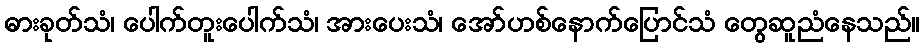
ဓားခုတ်သံ၊ ပေါက်တူးပေါက်သံ၊ အားပေးသံ၊ အော်ဟစ်နောက်ပြောင်သံ တွေဆူညံနေသည်။